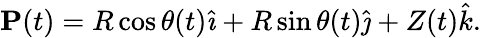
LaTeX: {\textbf{P}}(t)=R\cos\theta(t){\hat{\imath}}+R\sin\theta(t){\hat{\jmath}}+Z(t){\hat{k}}.